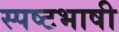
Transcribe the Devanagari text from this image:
स्पष्टभाषी